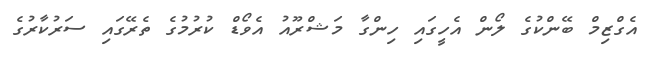
އެގްޒިމް ބޭންކުގެ ލޯން އެހީގައި ހިންގާ މަޝްރޫއު އެވޯޑް ކުރުމުގެ ތެރޭގައި ސަރުކާރުގެ